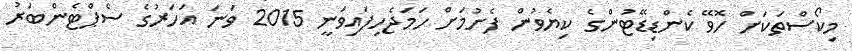
މިކޯސްތަކަށް ހޮވޭ ކެންޑިޑޭޓުންގެ ކިޔެވުން ފެށުމަށް ހަމަޖެހިފައިވަނީ 2015 ވަނަ އަހަރުގެ ސެޕްޓެންބަރު